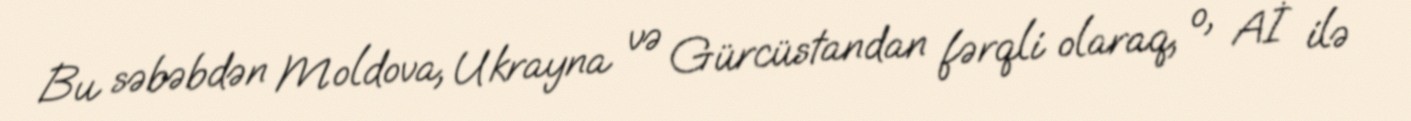
Bu səbəbdən Moldova, Ukrayna və Gürcüstandan fərqli olaraq, o, Aİ ilə